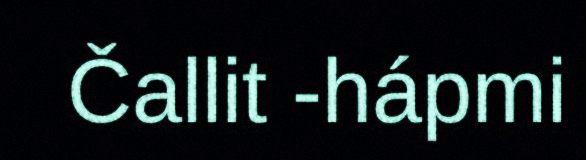
Čallit -hápmi